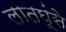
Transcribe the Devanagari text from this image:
लातघूंसे